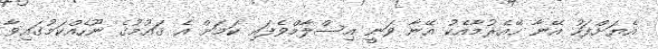
އެޔަށްފަހު އޭނާ ހޭއެރުމާއެކު އޭނާ ވަނީ އިސްލާމްވެފައި ކަމަށް އެ ޤައުމުގެ ނޫހެއްކަމުގައިވާ